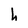
Character: h